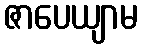
ဇာပေယျာမ